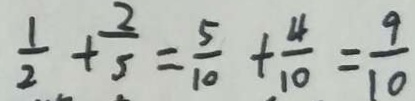
\frac { 1 } { 2 } + \frac { 2 } { 5 } = \frac { 5 } { 1 0 } + \frac { 4 } { 1 0 } = \frac { 9 } { 1 0 }